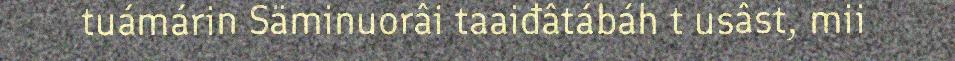
tuámárin Säminuorâi taaiđâtábáh t usâst, mii